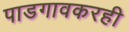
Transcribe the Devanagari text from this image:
पाडगावकरही